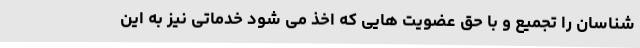
شناسان را تجمیع و با حق عضویت هایی که اخذ می شود خدماتی نیز به این